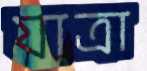
যাত্রা